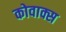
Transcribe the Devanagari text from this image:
कोवाक्स